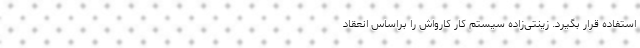
استفاده قرار بگیرد. زینتی‌زاده سیستم کار کارواش را براساس انعقاد